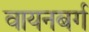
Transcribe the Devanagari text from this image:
वायनबर्ग